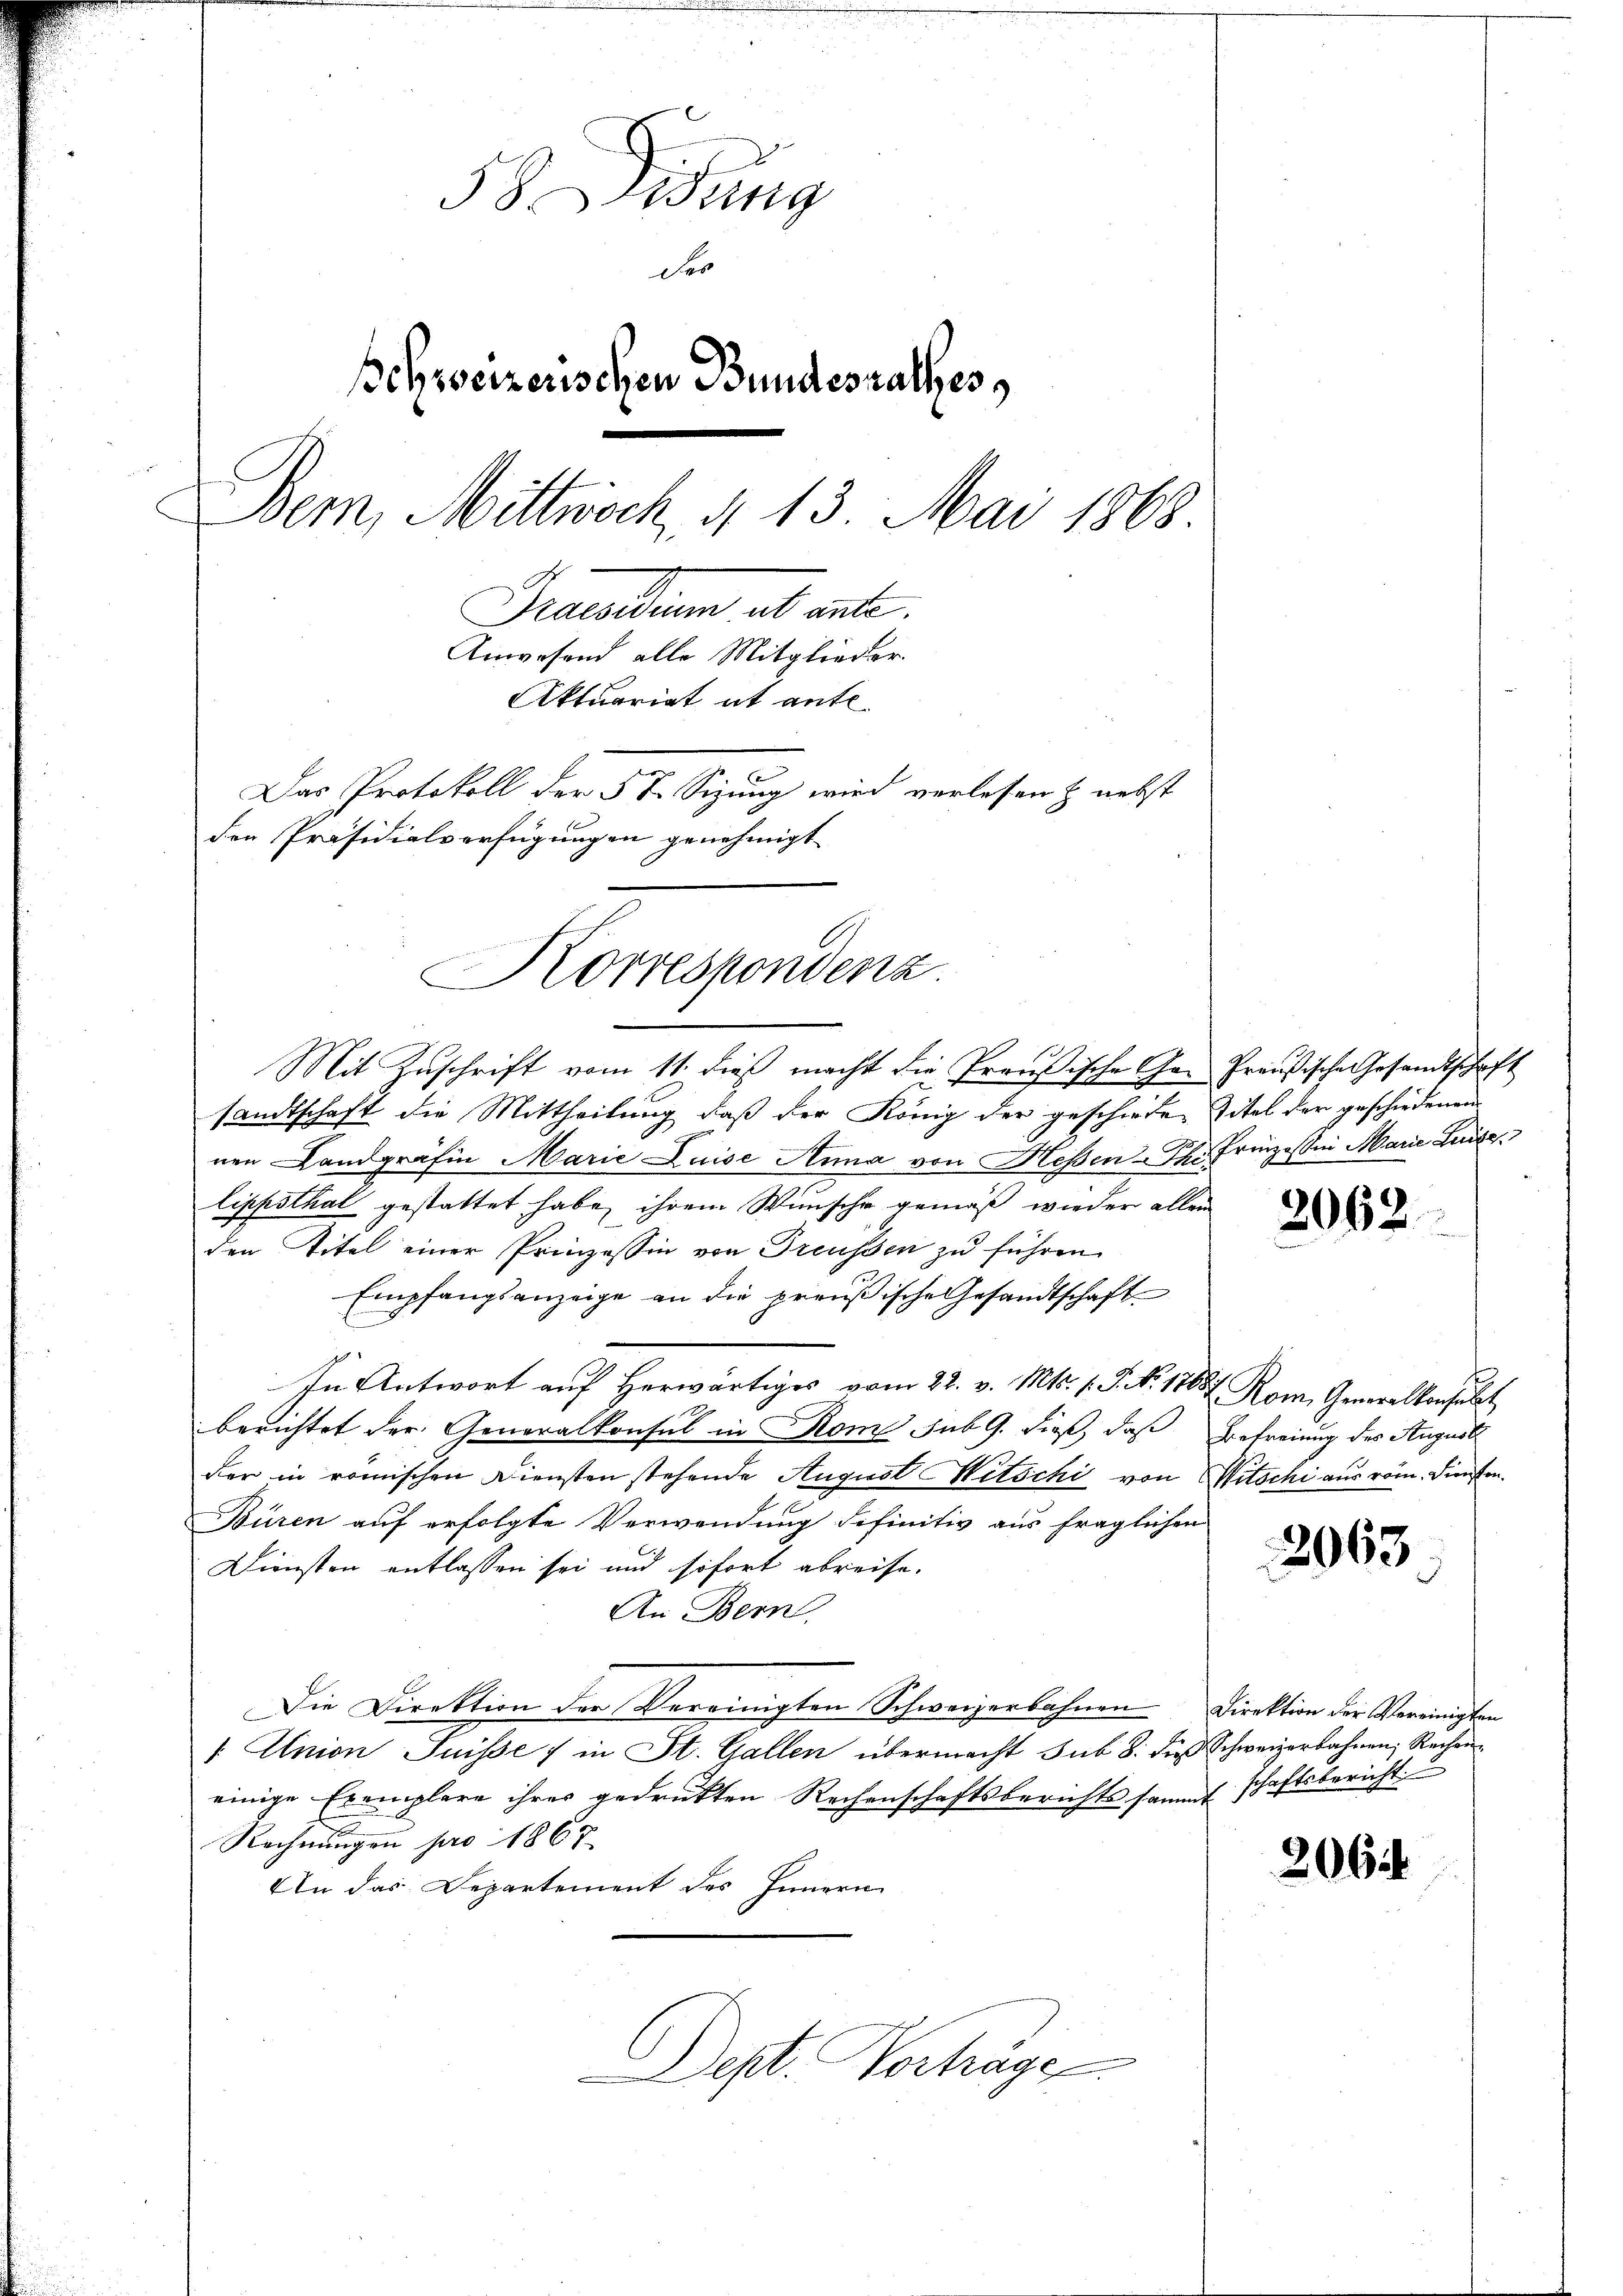
58. Mang
der
schweizerischen Bundesrathes
Bern, Mittwoch, § 13. Mai 1868
Fraendium ab eite
Anwesend alle Mitglieder
Aktuariat ab ante
Das Protokoll der 5 t Sizung wird verlesen & nebst
den Präsidialverfügungen genehmigt.

Korrespondenz.

Mit Zuschrift vom 11. dieß macht die Preußische Ge- Preußische Gesandtschaft
sandtschaft die Mittheilung daß der König der geschieden Titel der geschiedenen
nen Landgräfin Marie Luise Anna von Heßen-Th. Prinzessin Marie Luise
.
lippsthal gestattet habe, ihrem Wunsche gemäß wieder allein
den Titel einer Prinzessin von Freussen zu führen.
Empfangsanzeige an die preußische Gesandtschaft
In Antwort auf herwärtiges vom 22. v. Mts. s. S. N. 11657 Rom. Generalkonsulat
berichtet der Generalkonsul in Rom sub 9. dieß, daß Befreiung des August
der in römischen Diensten stehende August Mitschi von Witschi aus röm. Diensten¬
Büren auf erfolgte Verwendung definitiv aus fraglichen
Diensten entlassen sei und sofort abreise.
An Bern,
Die Direktion der Vereinigten Schweizerbahnen Direktion der Vereinigten
/ Union Suisse 7 in St. Gallen übermacht sub 8. dieß Schweizerbahnen, Recheneinige Exemplare ihrer gedrukten Rechenschaftsberichtssammt schaftsbericht.
Rechnungen pro 1867
An das Departement des Innern
Dept. Vorträge

2062

2063

206